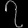
Digit: ၇